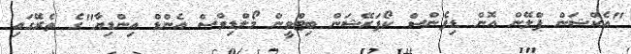
"އެކްޝަން ޕްލޭން އޮން ޑިފެންސް ކޯޕަރޭޝަން ބިޓްވީން މޯލްޑިވްސް އެންޑް އިންޑިޔާ"ގެ ތެރޭގައި